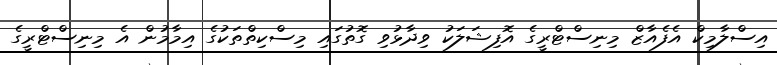
އިސްލާމިކް އެފެއާޒް މިނިސްޓްރީގެ އޮފިޝަލަކު ވިދާޅުވި ގޮތުގައި މިސްކިތްތަކުގެ އިމާމުން އެ މިނިސްޓްރީގެ